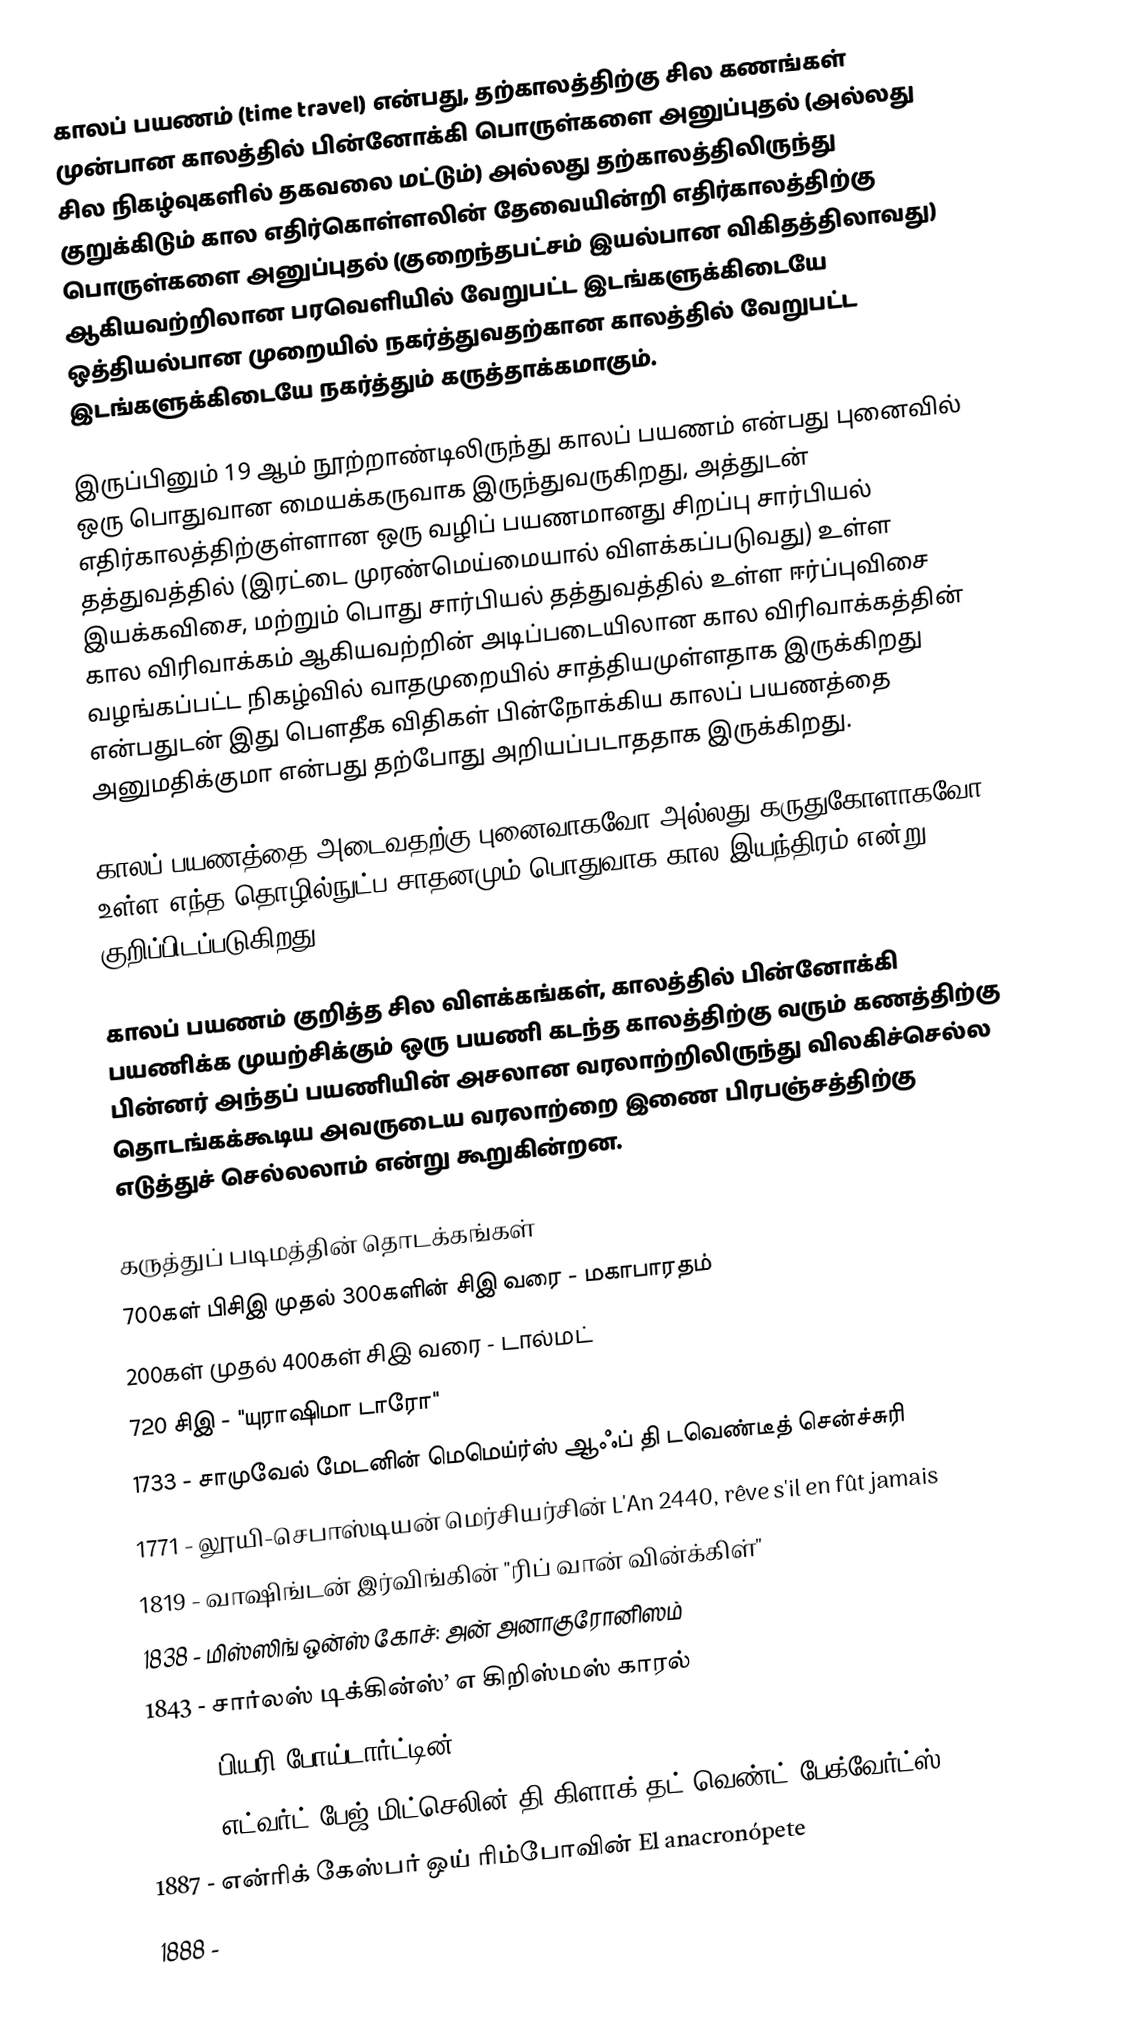
காலப் பயணம் (time travel) என்பது, தற்காலத்திற்கு சில கணங்கள் முன்பான காலத்தில் பின்னோக்கி பொருள்களை அனுப்புதல் (அல்லது சில நிகழ்வுகளில் தகவலை மட்டும்) அல்லது தற்காலத்திலிருந்து குறுக்கிடும் கால எதிர்கொள்ளலின் தேவையின்றி எதிர்காலத்திற்கு பொருள்களை அனுப்புதல் (குறைந்தபட்சம் இயல்பான விகிதத்திலாவது) ஆகியவற்றிலான பரவெளியில் வேறுபட்ட இடங்களுக்கிடையே ஒத்தியல்பான முறையில் நகர்த்துவதற்கான காலத்தில் வேறுபட்ட இடங்களுக்கிடையே நகர்த்தும் கருத்தாக்கமாகும்.

இருப்பினும் 19 ஆம் நூற்றாண்டிலிருந்து காலப் பயணம் என்பது புனைவில் ஒரு பொதுவான மையக்கருவாக இருந்துவருகிறது, அத்துடன் எதிர்காலத்திற்குள்ளான ஒரு வழிப் பயணமானது சிறப்பு சார்பியல் தத்துவத்தில் (இரட்டை முரண்மெய்மையால் விளக்கப்படுவது) உள்ள இயக்கவிசை, மற்றும் பொது சார்பியல் தத்துவத்தில் உள்ள ஈர்ப்புவிசை கால விரிவாக்கம் ஆகியவற்றின் அடிப்படையிலான கால விரிவாக்கத்தின் வழங்கப்பட்ட நிகழ்வில் வாதமுறையில் சாத்தியமுள்ளதாக இருக்கிறது என்பதுடன் இது பௌதீக விதிகள் பின்நோக்கிய காலப் பயணத்தை அனுமதிக்குமா என்பது தற்போது அறியப்படாததாக இருக்கிறது.

காலப் பயணத்தை அடைவதற்கு புனைவாகவோ அல்லது கருதுகோளாகவோ உள்ள எந்த தொழில்நுட்ப சாதனமும் பொதுவாக கால இயந்திரம் என்று குறிப்பிடப்படுகிறது.

காலப் பயணம் குறித்த சில விளக்கங்கள், காலத்தில் பின்னோக்கி பயணிக்க முயற்சிக்கும் ஒரு பயணி கடந்த காலத்திற்கு வரும் கணத்திற்கு பின்னர் அந்தப் பயணியின் அசலான வரலாற்றிலிருந்து விலகிச்செல்ல தொடங்கக்கூடிய அவருடைய வரலாற்றை இணை பிரபஞ்சத்திற்கு எடுத்துச் செல்லலாம் என்று கூறுகின்றன.

கருத்துப் படிமத்தின் தொடக்கங்கள்
 700கள் பிசிஇ முதல் 300களின் சிஇ வரை - மகாபாரதம்
 200கள் முதல் 400கள் சிஇ வரை - டால்மட்
 720 சிஇ - "யுராஷிமா டாரோ"
 1733 - சாமுவேல் மேடனின் மெமெய்ர்ஸ் ஆஃப் தி டவெண்டீத் சென்ச்சுரி
 1771 - லூயி-செபாஸ்டியன் மெர்சியர்சின் L'An 2440, rêve s'il en fût jamais
 1819 - வாஷிங்டன் இர்விங்கின் "ரிப் வான் வின்க்கிள்"
 1838 - மிஸ்ஸிங் ஒன்ஸ் கோச்: அன் அனாகுரோனிஸம்
 1843 - சார்லஸ் டிக்கின்ஸ்’ எ கிறிஸ்மஸ் காரல்
 1861 - பியரி போய்டார்ட்டின் Paris avant les hommes
 1881 - எட்வர்ட் பேஜ் மிட்செலின் தி கிளாக் தட் வெண்ட் பேக்வேர்ட்ஸ்
 1887 - என்ரிக் கேஸ்பர் ஒய் ரிம்போவின் El anacronópete
 1888 -